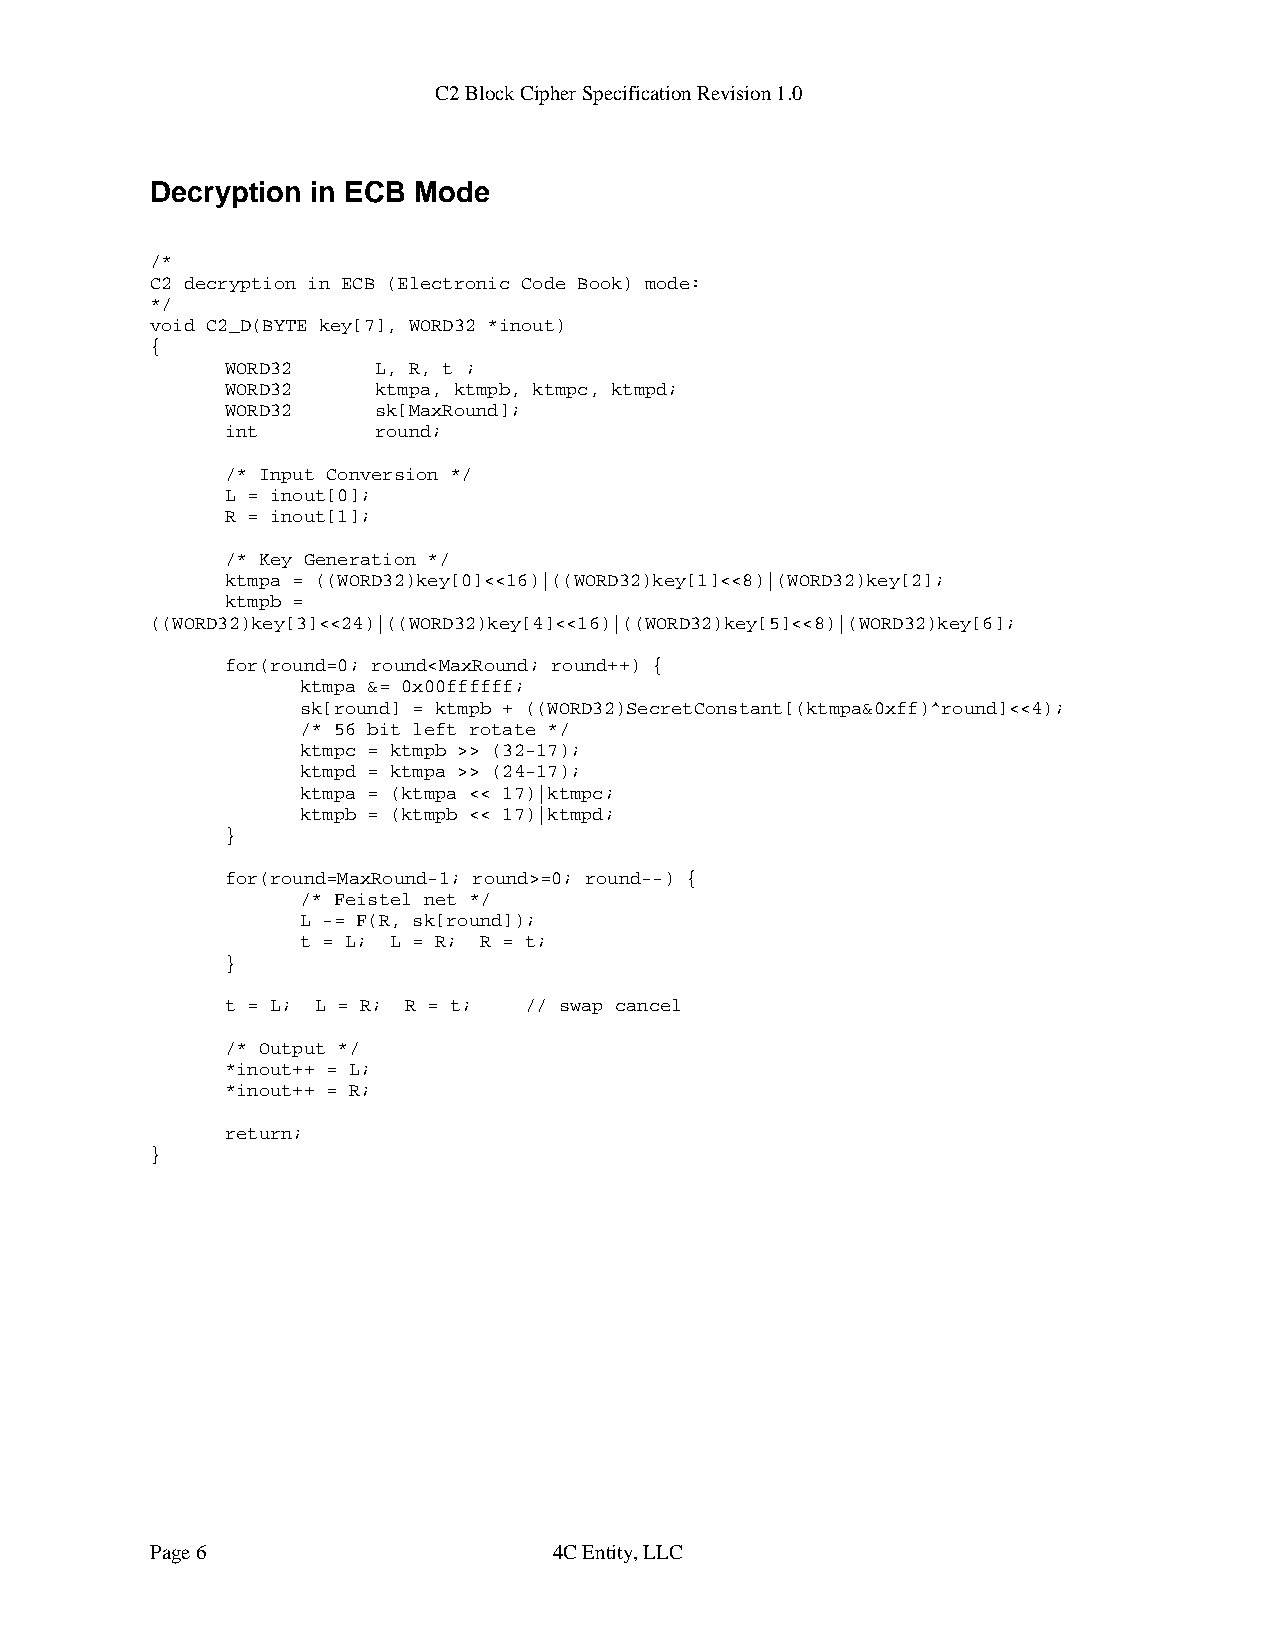
C2 Block Cipher Specification Revision 1.0
 Decryption in ECB Mode
 /*
 C2 decryption in ECB (Electronic Code Book) mode:
 */
 void C2_D(BYTE key[7], WORD32 *inout)
 {
 WORD32    L, R, t ;
 WORD32    ktmpa, ktmpb, ktmpc, ktmpd;
 WORD32    sk[MaxRound];
 int       round;
 /* Input Conversion */
 L = inout[0];
 R = inout[1];
 /* Key Generation */
 ktmpa = ((WORD32)key[0]<<16)|((WORD32)key[1]<<8)|(WORD32)key[2];
 ktmpb =
 ((WORD32)key[3]<<24)|((WORD32)key[4]<<16)|((WORD32)key[5]<<8)|(WORD32)key[6];
 for(round=0; round<MaxRound; round++) {
 ktmpa &= 0x00ffffff;
 sk[round] = ktmpb + ((WORD32)SecretConstant[(ktmpa&0xff)^round]<<4);
 /* 56 bit left rotate */
 ktmpc = ktmpb >> (32-17);
 ktmpd = ktmpa >> (24-17);
 ktmpa = (ktmpa << 17)|ktmpc;
 ktmpb = (ktmpb << 17)|ktmpd;
 }
 for(round=MaxRound-1; round>=0; round--) {
 /* Feistel net */
 L -= F(R, sk[round]);
 t = L; L = R; R = t;
 }
 t = L; L = R; R = t; // swap cancel
 /* Output */
 *inout++ = L;
 *inout++ = R;
 return;
 }
 Page 6                     4C Entity, LLC